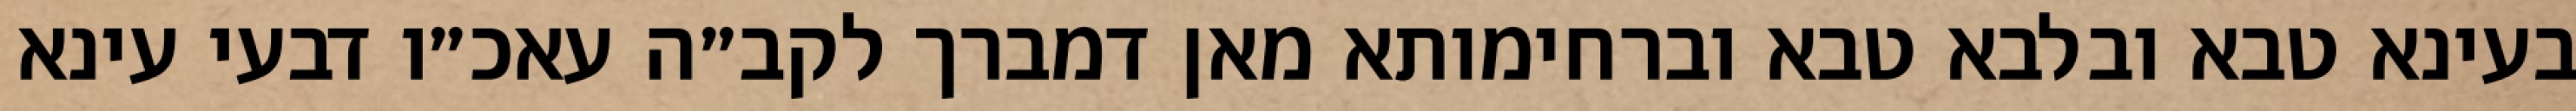
בעינא טבא ובלבא טבא וברחימותא מאן דמברך לקב״ה עאכ״ו דבעי עינא